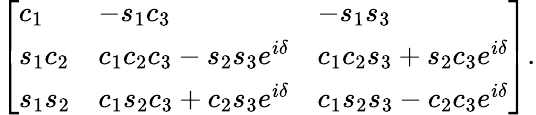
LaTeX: {\left[\begin{array}{lll}{c_{1}}&{-s_{1}c_{3}}&{-s_{1}s_{3}}\\ {s_{1}c_{2}}&{c_{1}c_{2}c_{3}-s_{2}s_{3}e^{i\delta}}&{c_{1}c_{2}s_{3}+s_{2}c_{3}e^{i\delta}}\\ {s_{1}s_{2}}&{c_{1}s_{2}c_{3}+c_{2}s_{3}e^{i\delta}}&{c_{1}s_{2}s_{3}-c_{2}c_{3}e^{i\delta}}\end{array}\right]}.